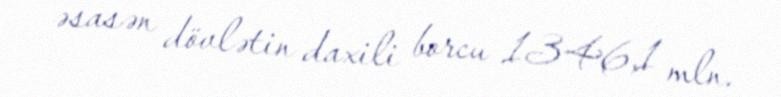
əsasən dövlətin daxili borcu 1346,1 mln.